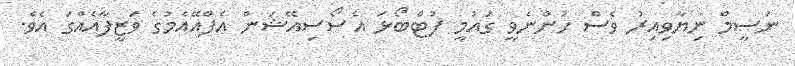
ނަސީމް ނިޔާވިއިރު ވެސް ހުންނެވީ ގައުމީ ފުޓްބޯޅަ އެސޯސިއޭޝަން އެފްއޭއެމުގެ ވަޒީފާއެއްގަ އެވެ.